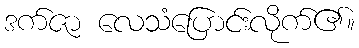
ဒက်ဇာ လေသံပြောင်းလိုက်၏။